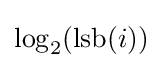
\log _{2}(\operatorname {lsb} (i))